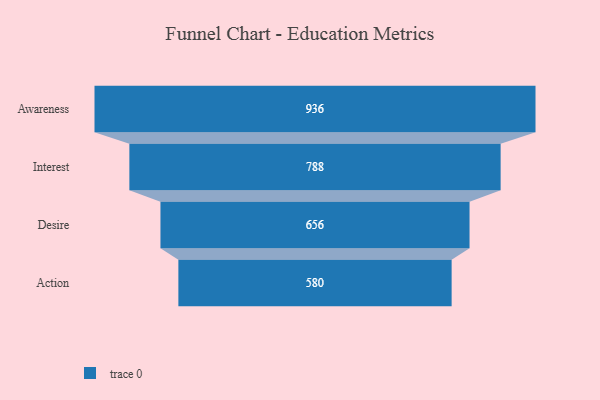
{"axis": {"x": "Stage", "y": "Value"}, "legend": [""], "data": [{"x": "Awareness", "y": 936.0, "type": ""}, {"x": "Interest", "y": 788.0, "type": ""}, {"x": "Desire", "y": 656.0, "type": ""}, {"x": "Action", "y": 580.0, "type": ""}]}